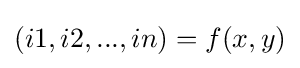
(i1,i2,...,in)=f(x,y)